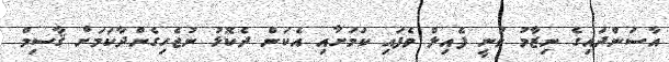
އާސަންދައިގެ ނިޒާމު ވަނީ ފެއިލް ވެފައި ކަމަށާއި އެކަން ދެކޮޅު ނުޖެހިގެންދާކަމަށް ޤާސިމް